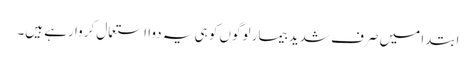
ابتدا میں صرف شدید بیمار لوگوں کو ہی یہ دوا استعمال کروا رہے ہیں۔